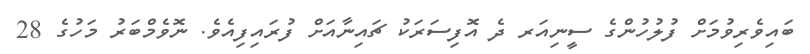
ބައިވެރިވުމަށް ފުލުހުންގެ ސީނިއަރ ދެ އޮފިސަރަކު ޗައިނާއަށް ފުރައިފިއެވެ. ނޮވެމްބަރު މަހުގެ 28